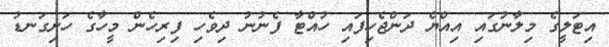
އިޓަލީގެ މިލާނުގައި އިއްޔެ ދަންޖެހިފައި ހުއްޓާ ފެނުނު ދިވެހި ފިރިހެން މީހާގެ ހަށިގަނޑު